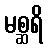
မစ္ဆရိ